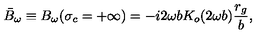
\bar { B } _ { \omega } \equiv B _ { \omega } ( \sigma _ { c } = + \infty ) = - i 2 \omega b K _ { o } ( 2 \omega b ) \frac { r _ { g } } { b } ,